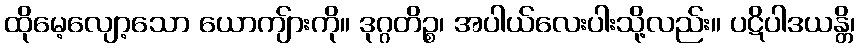
ထိုမေ့လျော့သော ယောကျ်ားကို။ ဒုဂ္ဂတိဉ္စ၊ အပါယ်လေးပါးသို့လည်း။ ပဋိပါဒယန္တိ၊